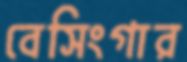
বেসিংগার